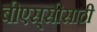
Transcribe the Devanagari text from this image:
बीएस्‌सीसाठी